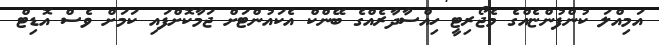
އަމިއްލަ ކުންފުންޏެއްގެ މެޖޯރިޓީ ހިއްސާދާރެއްގެ ބޭންކް އެކައުންޓަށް ޖަމާކޮށްފައި ކަމަށް ވެސް އޮޑިޓް